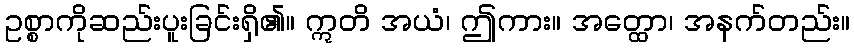
ဥစ္စာကိုဆည်းပူးခြင်းရှိ၏။ ဣတိ အယံ၊ ဤကား။ အတ္ထော၊ အနက်တည်း။